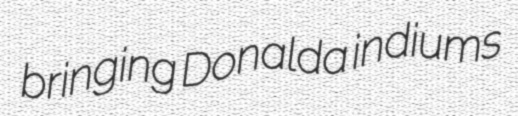
bringing Donalda indiums